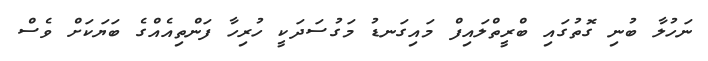
ނަހުލާ ބުނި ގޮތުގައި ބްރީތްލައިފް މައިގަނޑު މަގުސަދަކީ ހުރިހާ ފަންތިއެއްގެ ބަޔަކަށް ވެސް